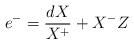
LaTeX: \begin{align*}e^{-}=\frac{dX}{X^{+}}+X^{-}Z\end{align*}